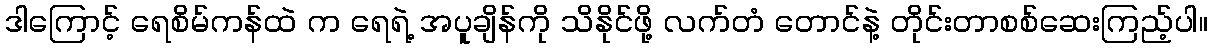
ဒါကြောင့် ရေစိမ်ကန်ထဲ က ရေရဲ့ အပူချိန်ကို သိနိုင်ဖို့ လက်တံ တောင်နဲ့ တိုင်းတာစစ်ဆေးကြည့်ပါ။